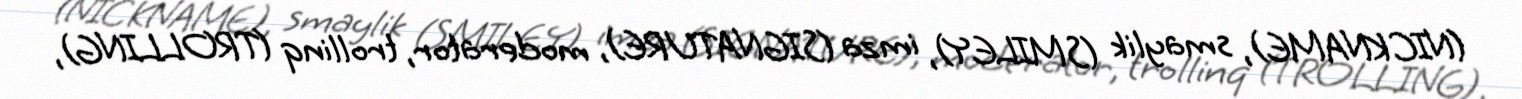
(NICKNAME), smaylik (SMILEY), imza (SIGNATURE), moderator, trollinq (TROLLING),